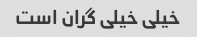
خیلی خیلی گران است